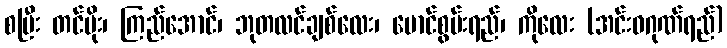
စပြီး တင်မိုး၊ ကြည်အောင်၊ ဘုတလင်ချစ်လေး၊ မောင်စွမ်းရည်၊ ကိုလေး (အင်းဝဂုဏ်ရည်)